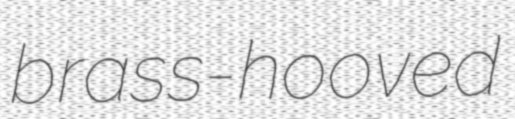
brass-hooved